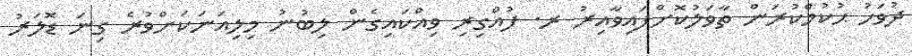
ދުވަހު ޙުކުމްކުރަން ތާވަލުކޮށްފައިވާއިރު ރ. ފުއްގިރި ވިއްކައިގެން ލިބުނު މިލިއަނަކަށްވުރެ ގިނަ ޑޮލަރު